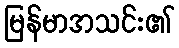
မြန်မာအသင်း၏